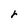
Character: r